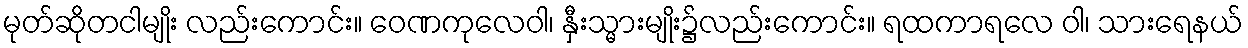
မုတ်ဆိုတငါမျိုး လည်းကောင်း။ ဝေဏကုလေဝါ၊ နှီးသ္မားမျိုး၌လည်းကောင်း။ ရထကာရလေ ဝါ၊ သားရေနယ်